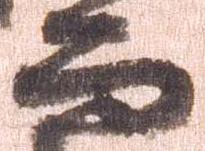
而